Vaccination in the Punjab 1905-1918 - 1905-1918
Year: 1905
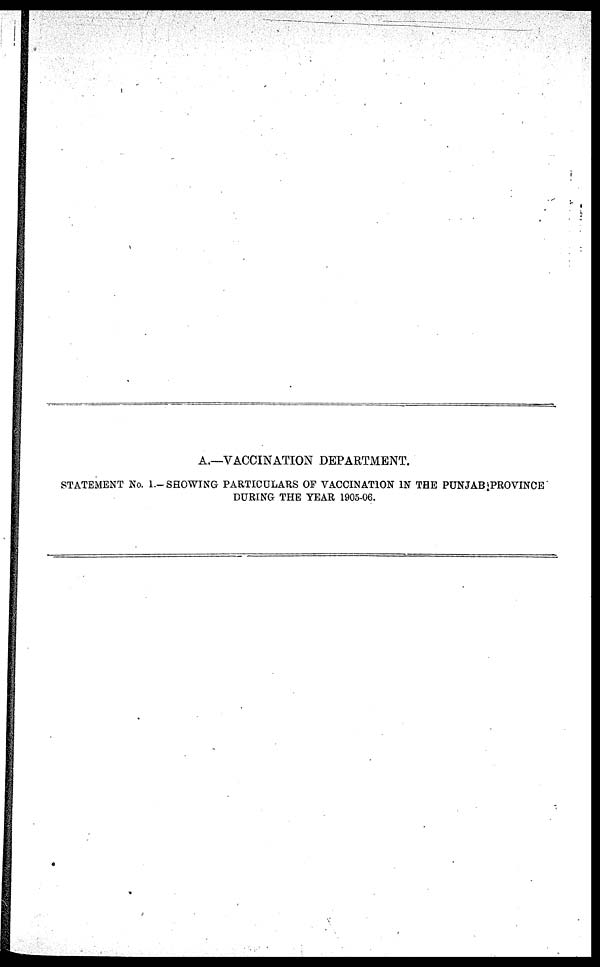
A.—VACCINATION DEPARTMENT.
STATEMENT No. I.— SHOWING PARTICULARS OF VACCINATION IN THE PUNJAB PROVINCE
DURING THE YEAR 1905-06.